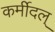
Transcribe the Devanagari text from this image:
कर्मीदल्